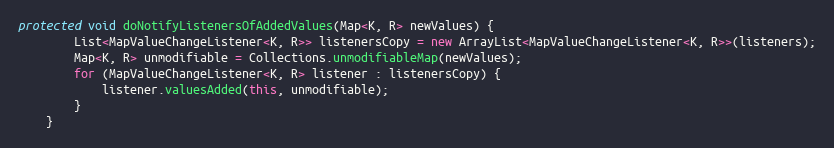
Language: Java
protected void doNotifyListenersOfAddedValues(Map<K, R> newValues) {
        List<MapValueChangeListener<K, R>> listenersCopy = new ArrayList<MapValueChangeListener<K, R>>(listeners);
        Map<K, R> unmodifiable = Collections.unmodifiableMap(newValues);
        for (MapValueChangeListener<K, R> listener : listenersCopy) {
            listener.valuesAdded(this, unmodifiable);
        }
    }